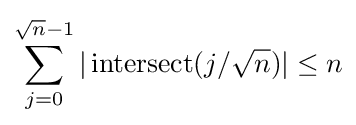
\sum _{j=0}^{{\sqrt {n}}-1}{|\operatorname {intersect} (j/{\sqrt {n}})|}\leq n